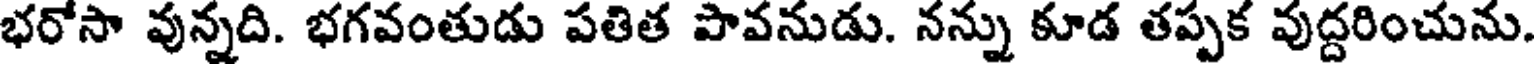
భరోసా వున్నది. భగవంతుడు పతిత పావనుడు. నన్ను కూడ తప్పక వుద్దరించును.